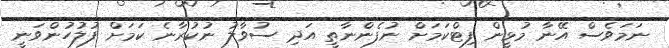
ނަމަވެސް އޭނާ މުޅީން ފިޓްކަމަށް ނުފެންނާތީ އަދި ސުވާލު ނުކުރާނެ ކަމަށް ފުލުހުންވަނީ